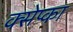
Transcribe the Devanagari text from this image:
क्सेप्का